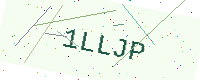
Text: 1LLJP